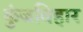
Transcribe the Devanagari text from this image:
कुंजविहार